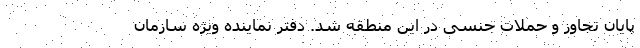
پایان تجاوز و حملات جنسی در این منطقه شد. دفتر نماینده ویژه سازمان